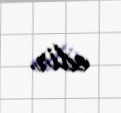
edir.